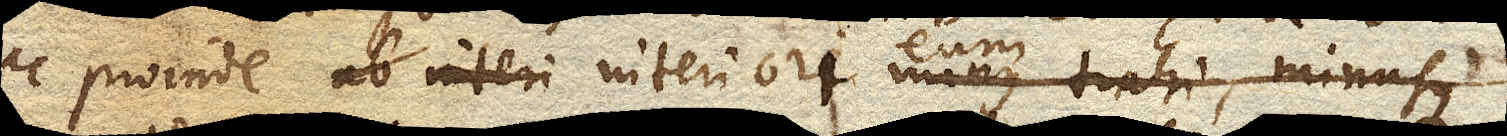
ac proinde ab interiore minus trahi, minusque